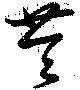
苓